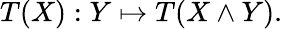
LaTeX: T(X):Y\mapsto T(X\wedge Y).